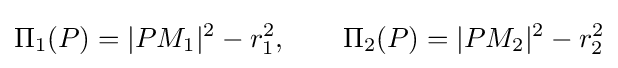
\Pi _{1}(P)=|PM_{1}|^{2}-r_{1}^{2},\qquad \Pi _{2}(P)=|PM_{2}|^{2}-r_{2}^{2}